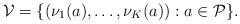
LaTeX: \begin{align*} \mathcal{V}=\{(\nu_1(a),\ldots,\nu_K(a)): a\in \mathcal{P}\}. \end{align*}